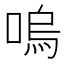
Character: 嗚